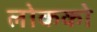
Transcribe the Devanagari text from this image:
लोकको